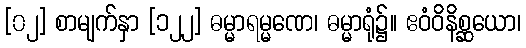
[၀၂] စာမျက်နှာ [၁၂၂] ဓမ္မာရမ္မဏေ၊ ဓမ္မာရုံ၌။ ဧဝံဝိနိစ္ဆယော၊